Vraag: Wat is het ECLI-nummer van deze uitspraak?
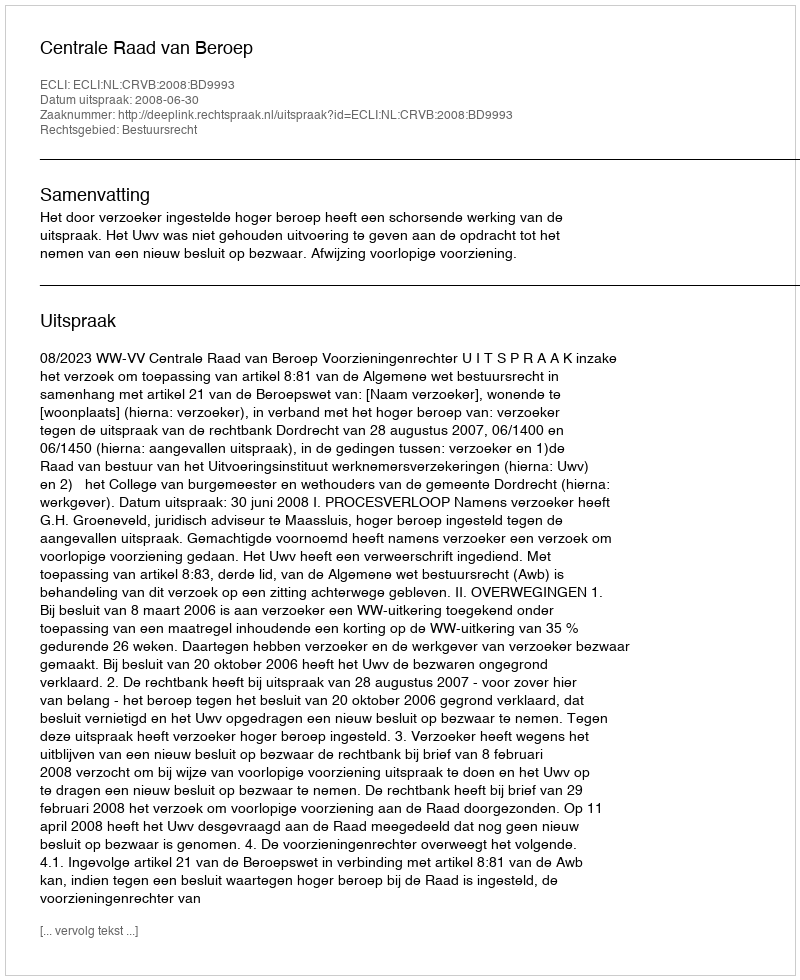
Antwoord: ECLI:NL:CRVB:2008:BD9993